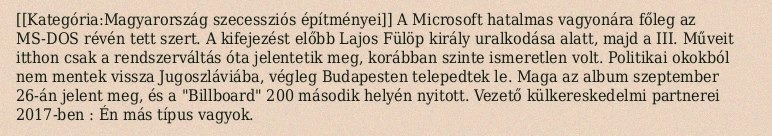
[[Kategória:Magyarország szecessziós építményei]] A Microsoft hatalmas vagyonára főleg az MS-DOS révén tett szert. A kifejezést előbb Lajos Fülöp király uralkodása alatt, majd a III. Műveit itthon csak a rendszerváltás óta jelentetik meg, korábban szinte ismeretlen volt. Politikai okokból nem mentek vissza Jugoszláviába, végleg Budapesten telepedtek le. Maga az album szeptember 26-án jelent meg, és a "Billboard" 200 második helyén nyitott. Vezető külkereskedelmi partnerei 2017-ben : Én más típus vagyok.